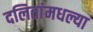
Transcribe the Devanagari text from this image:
दलितांमधल्या